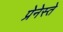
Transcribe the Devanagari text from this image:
प्रेनेस्ते